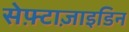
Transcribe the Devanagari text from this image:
सेफ़्टाज़ाइडिन